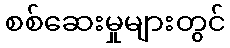
စစ်ဆေးမှုများတွင်